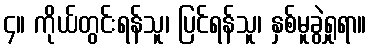
၄။ ကိုယ်တွင်းရန်သူ၊ ပြင်ရန်သူ၊ နှစ်မူခွဲရှုရာ။